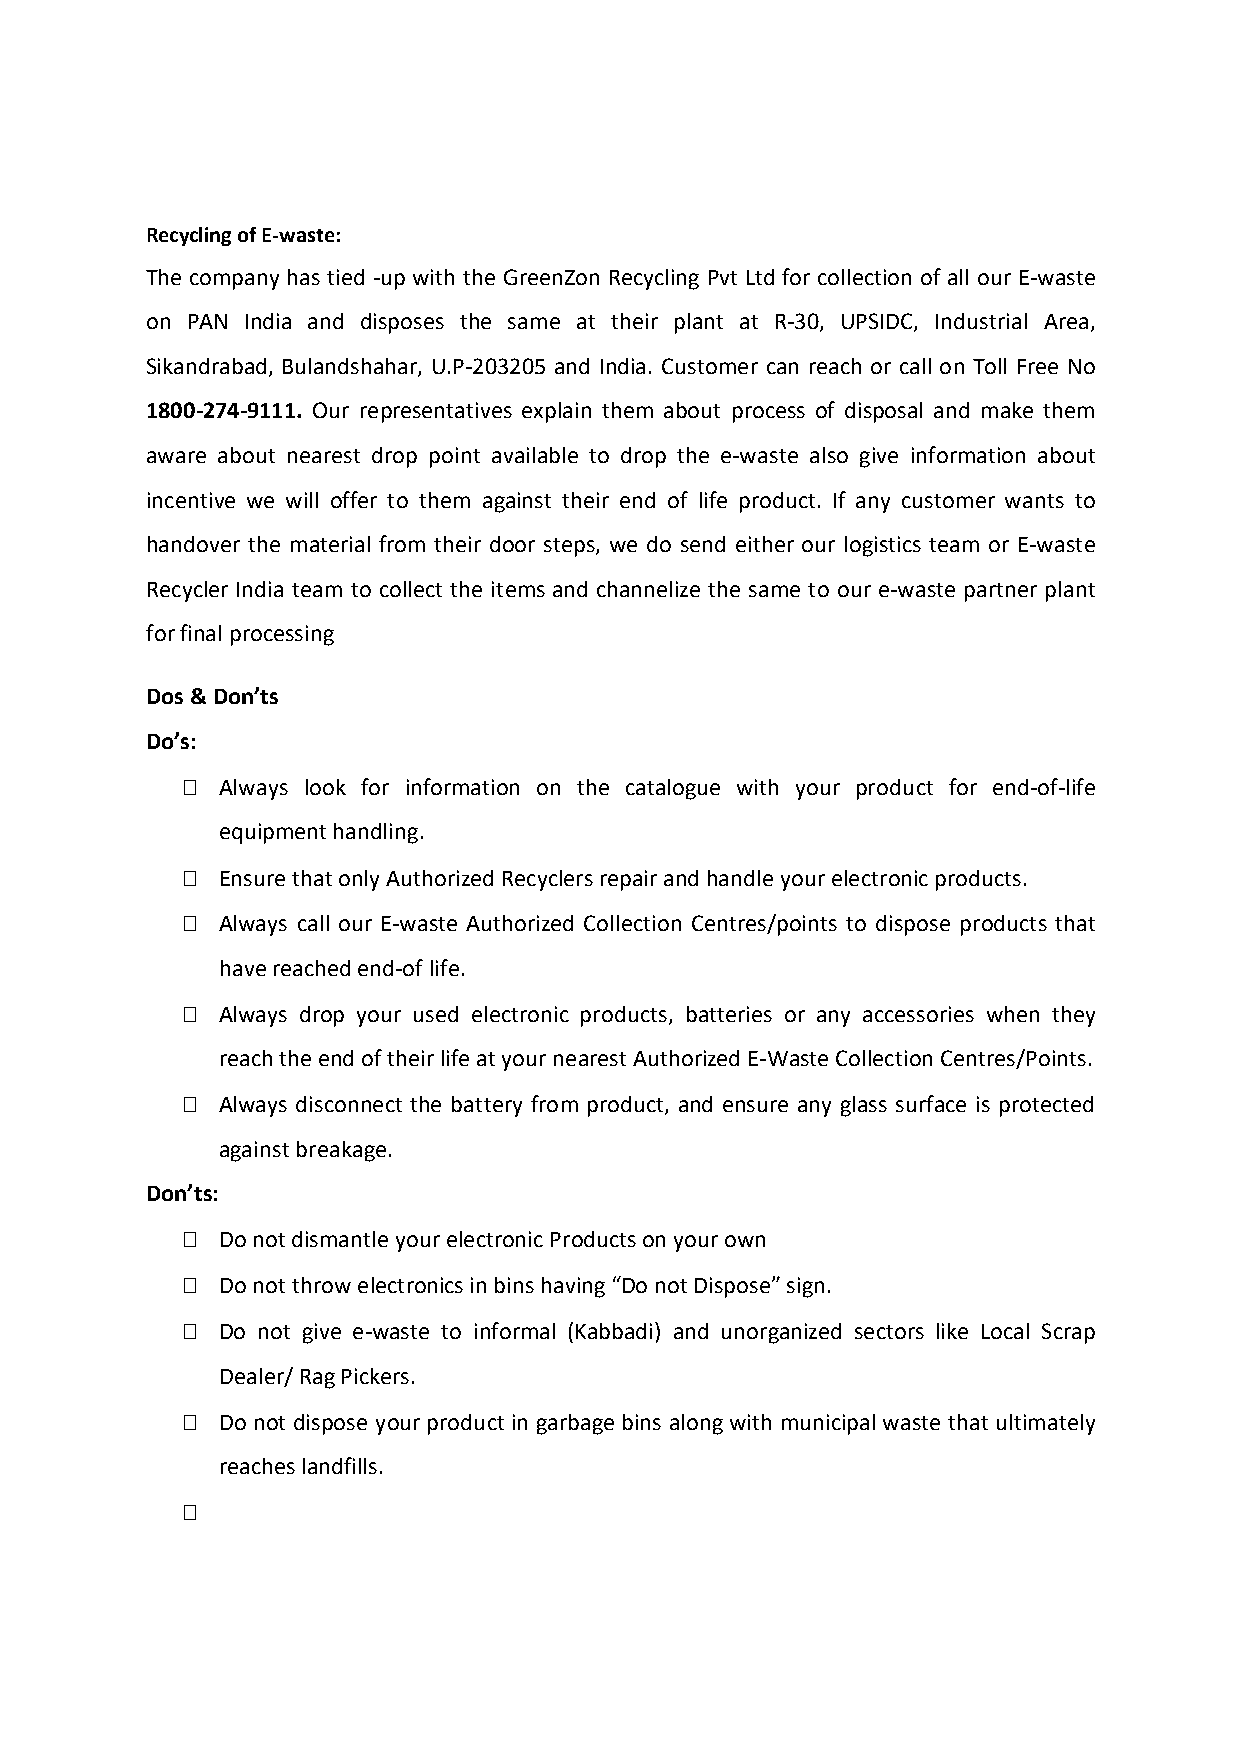
Recycling of E-waste:
 The company has tied -up with the GreenZon Recycling Pvt Ltd for collection of all our E-waste
 on PAN India and disposes the same at their plant at R-30, UPSIDC, Industrial Area,
 Sikandrabad, Bulandshahar, U.P-203205 and India. Customer can reach or call on Toll Free No
 1800-274-9111. Our representatives explain them about process of disposal and make them
 aware about nearest drop point available to drop the e-waste also give information about
 incentive we will offer to them against their end of life product. If any customer wants to
 handover the material from their door steps, we do send either our logistics team or E-waste
 Recycler India team to collect the items and channelize the same to our e-waste partner plant
 for final processing
 Dos & Don’ts
 Do’s:
  Always look for information on the catalogue with your product for end-of-life
 equipment handling.
  Ensure that only Authorized Recyclers repair and handle your electronic products.
  Always call our E-waste Authorized Collection Centres/points to dispose products that
 have reached end-of life.
  Always drop your used electronic products, batteries or any accessories when they
 reach the end of their life at your nearest Authorized E-Waste Collection Centres/Points.
  Always disconnect the battery from product, and ensure any glass surface is protected
 against breakage.
 Don’ts:
  Do not dismantle your electronic Products on your own
  Do not throw electronics in bins having “Do not Dispose” sign.
  Do not give e-waste to informal (Kabbadi) and unorganized sectors like Local Scrap
 Dealer/ Rag Pickers.
  Do not dispose your product in garbage bins along with municipal waste that ultimately
 reaches landfills.
 